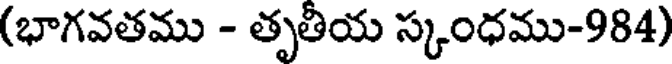
(భాగవతము - తృతీయ స్కంధము-984)